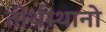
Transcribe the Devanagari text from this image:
तीर्थस्थानो